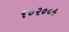
૧૦૨૦૦૯